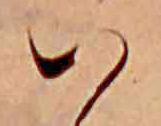
は